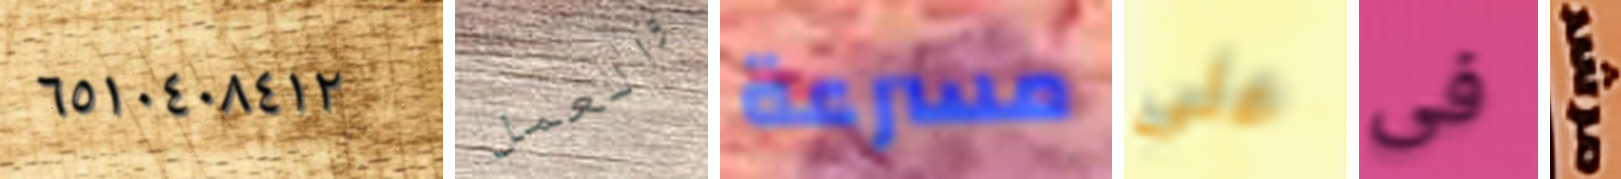
٦٥١٠٤٠٨٤١٢ والعمل مسرعة على فى مرشد